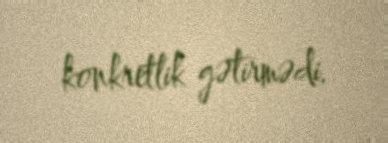
konkretlik gətirmədi.